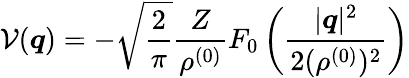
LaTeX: {\cal V}(\boldsymbol{q})=-\sqrt{\frac{2}{\pi}}\frac{Z}{\rho^{(0)}}F_{0}\left(\frac{|\boldsymbol{q}|^{2}}{2(\rho^{(0)})^{2}}\right)